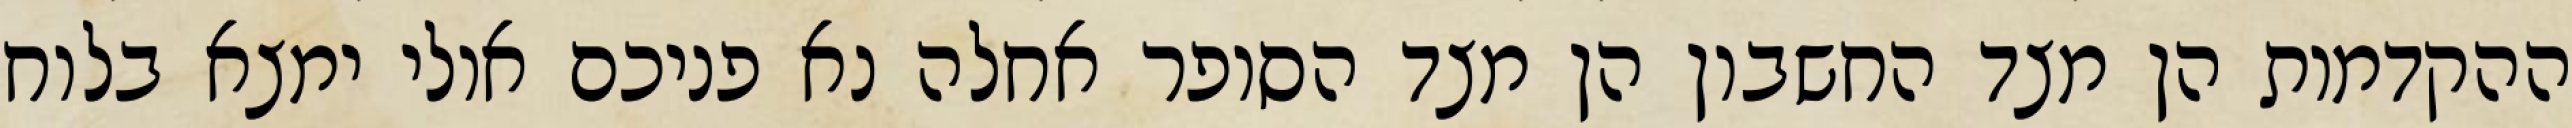
ההקדמות הן מצד החשבון הן מצד הסופר אחלה נא פניכם אולי ימצא בלוח